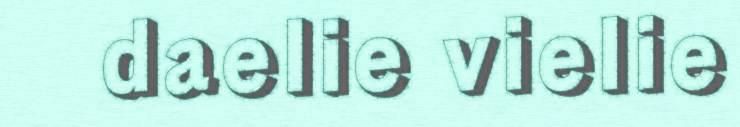
daelie vielie